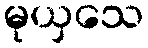
မုယှသေ